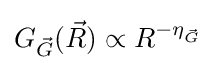
G_{\vec {G}}({\vec {R}})\propto R^{-\eta _{\vec {G}}}